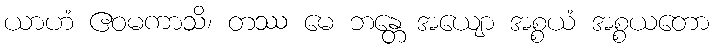
ယာဟံ ဧဝမကာသိ၊ တဿ မေ ဘန္တေ အယျော အစ္စယံ အစ္စယတော